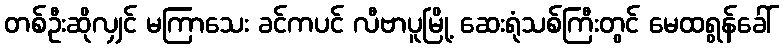
တစ်ဦးဆိုလျှင် မကြာသေး ခင်ကပင် လီဗာပူမြို့ ဆေးရုံသစ်ကြီးတွင် မေထရွန်ခေါ်